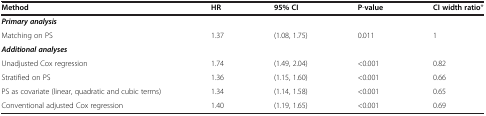
<table><thead><tr><td><b>Method</b></td><td><b>HR</b></td><td><b>95% CI</b></td><td><b>P-value</b></td><td><b>CI width ratio*</b></td></tr></thead><tbody><tr><td><b><i>Primary analysis</i></b></td><td> </td><td> </td><td> </td><td> </td></tr><tr><td>Matching on PS</td><td>1.37</td><td>(1.08, 1.75)</td><td>0.011</td><td>1</td></tr><tr><td><b><i>Additional analyses</i></b></td><td> </td><td> </td><td> </td><td> </td></tr><tr><td>Unadjusted Cox regression</td><td>1.74</td><td>(1.49, 2.04)</td><td>&lt;0.001</td><td>0.82</td></tr><tr><td>Stratified on PS</td><td>1.36</td><td>(1.15, 1.60)</td><td>&lt;0.001</td><td>0.66</td></tr><tr><td>PS as covariate (linear, quadratic and cubic terms)</td><td>1.34</td><td>(1.14, 1.58)</td><td>&lt;0.001</td><td>0.65</td></tr><tr><td>Conventional adjusted Cox regression</td><td>1.40</td><td>(1.19, 1.65)</td><td>&lt;0.001</td><td>0.69</td></tr></tbody></table>